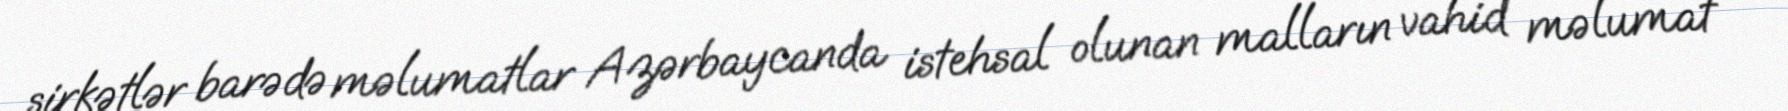
şirkətlər barədə məlumatlar Azərbaycanda istehsal olunan malların vahid məlumat